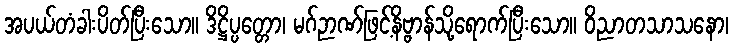
အပယ်တံခါးပိတ်ပြီးသော။ ဒိဋ္ဌိပ္ပတ္တော၊ မဂ်ဉာဏ်ဖြင့်နိဗ္ဗာန်သို့ရောက်ပြီးသော။ ဝိညာတသာသနော၊